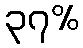
၃၇%